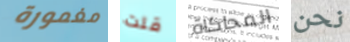
مغمورة قلت المحاكاة نحن